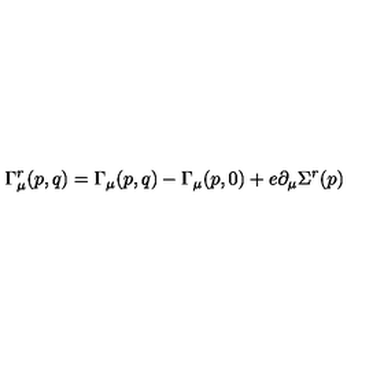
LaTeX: \Gamma _ { \mu } ^ { r } ( p , q ) = \Gamma _ { \mu } ( p , q ) - \Gamma _ { \mu } ( p , 0 ) + e \partial _ { \mu } \Sigma ^ { r } ( p )